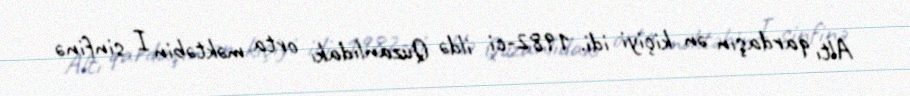
Altı qardaşın ən kiçiyi idi. 1982-ci ildə Quzanlıdakı orta məktəbin I sinfinə